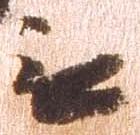
無